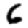
Digit: 6